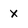
Character: x